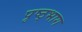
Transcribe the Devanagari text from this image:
पृष्ठ्भाग